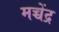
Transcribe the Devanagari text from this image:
मच्चेंद्र